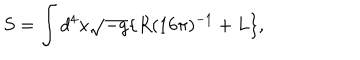
LaTeX: S = \int { d ^ { 4 } x \sqrt { - g } \{ R ( 1 6 \pi ) ^ { - 1 } + L \} } ,